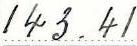
143.41